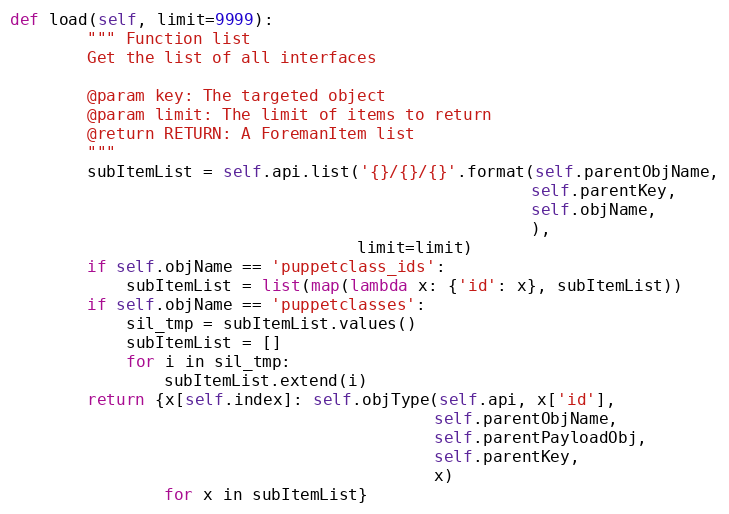
Language: Python
def load(self, limit=9999):
        """ Function list
        Get the list of all interfaces

        @param key: The targeted object
        @param limit: The limit of items to return
        @return RETURN: A ForemanItem list
        """
        subItemList = self.api.list('{}/{}/{}'.format(self.parentObjName,
                                                      self.parentKey,
                                                      self.objName,
                                                      ),
                                    limit=limit)
        if self.objName == 'puppetclass_ids':
            subItemList = list(map(lambda x: {'id': x}, subItemList))
        if self.objName == 'puppetclasses':
            sil_tmp = subItemList.values()
            subItemList = []
            for i in sil_tmp:
                subItemList.extend(i)
        return {x[self.index]: self.objType(self.api, x['id'],
                                            self.parentObjName,
                                            self.parentPayloadObj,
                                            self.parentKey,
                                            x)
                for x in subItemList}